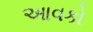
આવકો